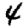
Digit: 4